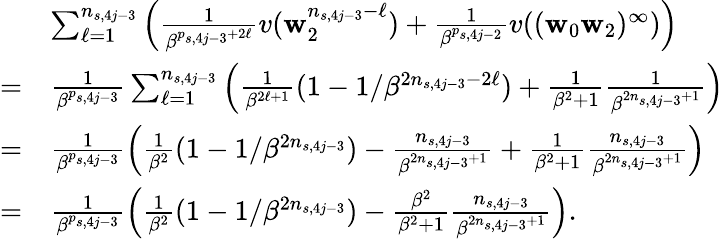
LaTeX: \begin{array}{rl}&{\sum_{\ell=1}^{n_{s,4j-3}}\left(\frac 1{\beta^{p_{s,4j-3}+2\ell}}v(\mathbf w_{2}^{n_{s,4j-3}-\ell})+\frac 1{\beta^{p_{s,4j-2}}}v((\mathbf w_{0}\mathbf w_{2})^{\infty})\right)}\\ {=}&{\frac 1{\beta^{p_{s,4j-3}}}\sum_{\ell=1}^{n_{s,4j-3}}\left(\frac 1{\beta^{2\ell+1}}(1-1/\beta^{2n_{s,4j-3}-2\ell})+\frac 1{\beta^{2}+1}\frac 1{\beta^{2n_{s,4j-3}+1}}\right)}\\ {=}&{\frac 1{\beta^{p_{s,4j-3}}}\left(\frac 1{\beta^{2}}(1-1/\beta^{2n_{s,4j-3}})-\frac{n_{s,4j-3}}{\beta^{2n_{s,4j-3}+1}}+\frac 1{\beta^{2}+1}\frac{n_{s,4j-3}}{\beta^{2n_{s,4j-3}+1}}\right)}\\ {=}&{\frac 1{\beta^{p_{s,4j-3}}}\left(\frac 1{\beta^{2}}(1-1/\beta^{2n_{s,4j-3}})-\frac{\beta^{2}}{\beta^{2}+1}\frac{n_{s,4j-3}}{\beta^{2n_{s,4j-3}+1}}\right).}\end{array}